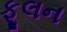
ફૂલન